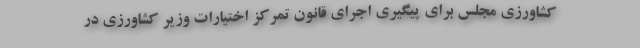
کشاورزی مجلس برای پیگیری اجرای قانون تمرکز اختیارات وزیر کشاورزی در